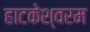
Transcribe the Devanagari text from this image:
हाटकेश्वरम